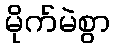
မိုက်မဲစွာ